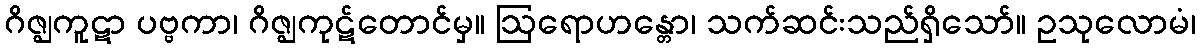
ဂိဇ္ဈကူဋာ ပဗ္ဗကာ၊ ဂိဇ္ဈကုဋ်တောင်မှ။ ဩရောဟန္တော၊ သက်ဆင်းသည်ရှိသော်။ ဥသုလောမံ၊